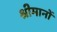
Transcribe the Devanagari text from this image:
श्रीमानों